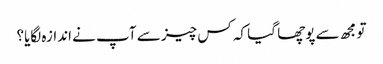
تو مجھ سے پوچھا گیا کہ کس چیز سے آپ نے اندازہ لگایا؟